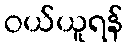
ဝယ်ယူရန်